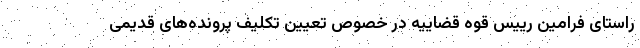
راستای فرامین رییس قوه قضاییه در خصوص تعیین تکلیف پرونده‌های قدیمی